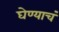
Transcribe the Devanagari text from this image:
घेण्याचं